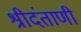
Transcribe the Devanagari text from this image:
श्रीदंताणी